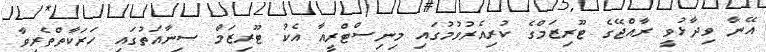
އޭނާ ވިދާޅުވީ ރާއްޖޭގެ ޓޫރިޒަމްގެ ކުރިއެރުވުމުގައި މިނިސްޓްރީއާ އެކު ޓޫރިޒަމް ސިނާއަތުގައި ހަރަކާތްތެރިވާ